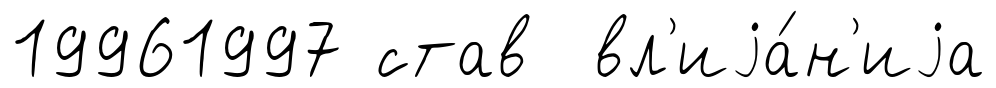
19961997 став вл'иjа́н'иjа